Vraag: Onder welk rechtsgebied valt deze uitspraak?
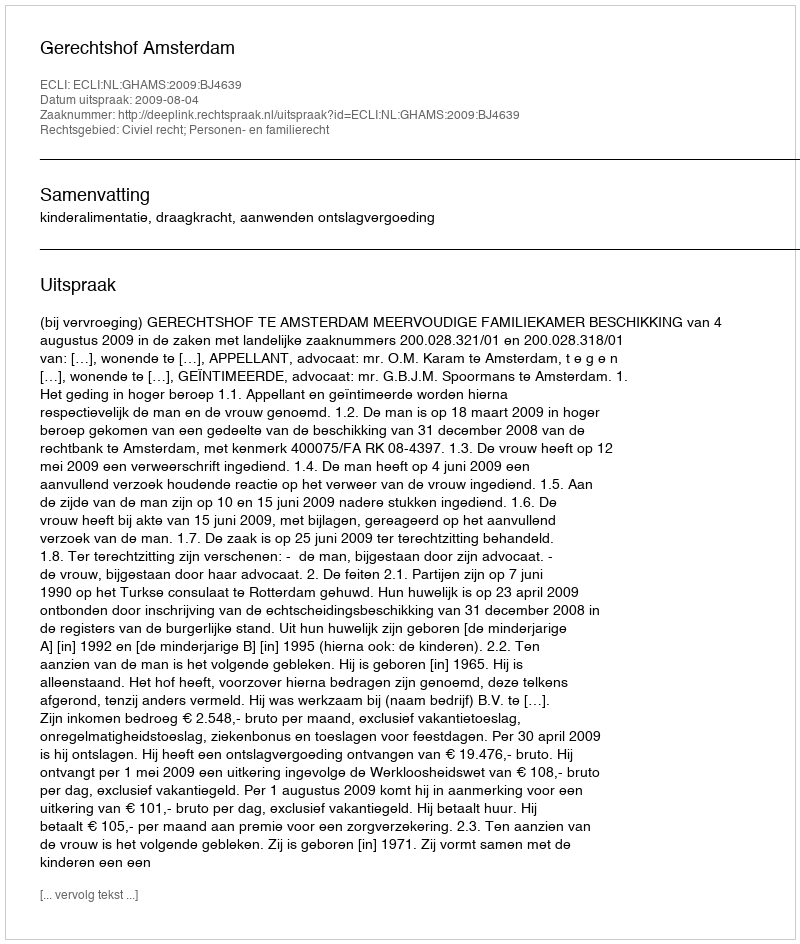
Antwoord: Civiel recht; Personen- en familierecht